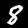
Digit: 8